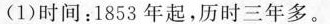
(1)时间：1853年起，历时三年多。